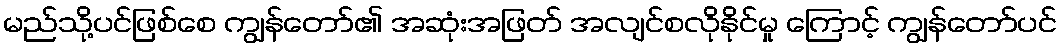
မည်သို့ပင်ဖြစ်စေ ကျွန်တော်၏ အဆုံးအဖြတ် အလျင်စလိုနိုင်မှု ကြောင့် ကျွန်တော်ပင်